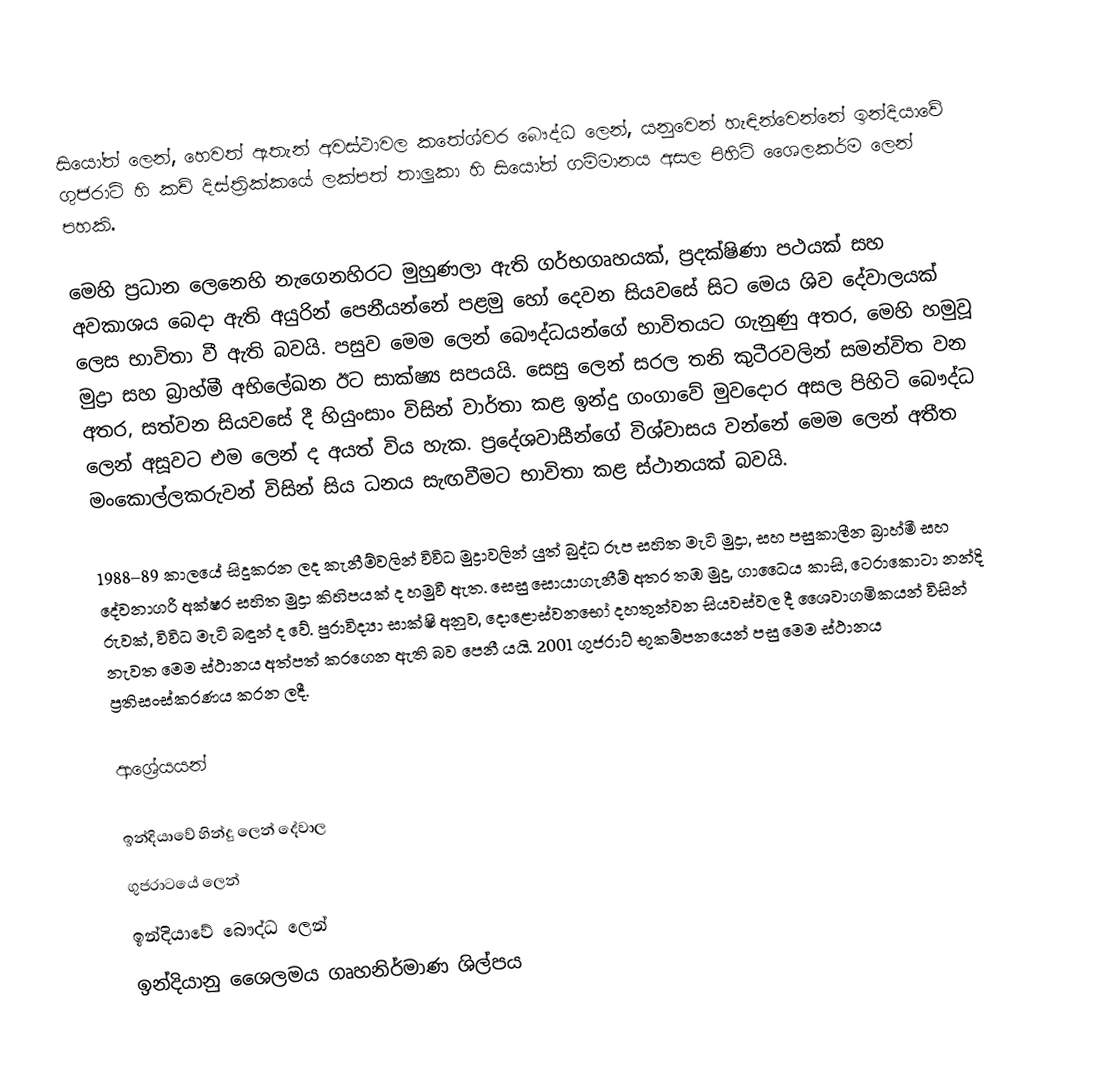
සියෝත් ලෙන්, හෙවත් ඇතැන් අවස්ථාවල කතේශ්වර බෞද්ධ ලෙන්, යනුවෙන් හැඳින්වෙන්නේ ඉන්දියාවේ ගුජරාට් හි කච් දිස්ත්‍රික්කයේ ලක්පත් තාලුකා හි සියෝත් ගම්මානය අසල පිහිටි ශෛලකර්ම ලෙන් පහකි.

මෙහි ප්‍රධාන ලෙනෙහි නැගෙනහිරට මුහුණලා ඇති ගර්භගෘහයක්, ප්‍රදක්ෂිණා පථයක් සහ අවකාශය බෙදා ඇති අයුරින් පෙනීයන්නේ පළමු හෝ දෙවන සියවසේ සිට මෙය ශිව දේවාලයක් ලෙස භාවිතා වී ඇති බවයි. පසුව මෙම ලෙන් බෞද්ධයන්ගේ භාවිතයට ගැනුණු අතර, මෙහි හමුවූ මුද්‍රා සහ බ්‍රාහ්මී  අභිලේඛන ඊට සාක්ෂ්‍ය සපයයි. සෙසු ලෙන් සරල තනි කුටීරවලින් සමන්විත වන අතර, සත්වන සියවසේ දී හියුංසාං විසින් වාර්තා කළ ඉන්දු ගංගාවේ මුවදොර අසල පිහිටි බෞද්ධ ලෙන් අසූවට එම ලෙන් ද අයත් විය හැක. ප්‍රදේශවාසීන්ගේ විශ්වාසය වන්නේ මෙම ලෙන් අතීත මංකොල්ලකරුවන් විසින් සිය ධනය සැඟවීමට භාවිතා කළ ස්ථානයක් බවයි.

1988–89 කාලයේ සිදුකරන ලද කැනීම්වලින් විවිධ මුද්‍රාවලින් යුත් බුද්ධ රූප සහිත මැටි මුද්‍රා, සහ පසුකාලීන බ්‍රාහ්මී සහ දේවනාගරී අක්ෂර සහිත මුද්‍රා කිහිපයක් ද හමුවී ඇත. සෙසු සොයාගැනීම් අතර තඹ මුදු, ගාධෛය කාසි, ටෙරාකොටා නන්දි රුවක්, විවිධ මැටි බඳුන් ද වේ. පුරාවිද්‍යා සාක්ෂි අනුව, දොළොස්වනභෝ දහතුන්වන සියවස්වල දී ශෛවාගමිකයන් විසින් නැවත මෙම ස්ථානය අත්පත් කරගෙන ඇති බව පෙනී යයි. 2001 ගුජරාට් භූකම්පනයෙන් පසු මෙම ස්ථානය ප්‍රතිසංස්කරණය කරන ලදී.

ආශ්‍රේයයන්

ඉන්දියාවේ හින්දු ලෙන් දේවාල
ගුජරාටයේ ලෙන්
ඉන්දියාවේ බෞද්ධ ලෙන්
ඉන්දියානු ශෛලමය ගෘහනිර්මාණ ශිල්පය